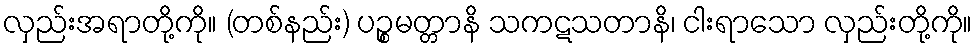
လှည်းအရာတို့ကို။ (တစ်နည်း) ပဉ္စမတ္တာနိ သကဋသတာနိ၊ ငါးရာသော လှည်းတို့ကို။